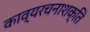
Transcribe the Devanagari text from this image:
काव्यरचनाशक्ति